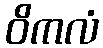
ဝိကလံ